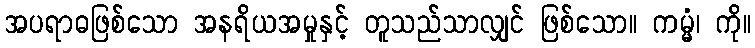
အပရာဓဖြစ်သော အနရိယအမှုနှင့် တူသည်သာလျှင် ဖြစ်သော။ ကမ္မံ၊ ကို။